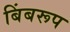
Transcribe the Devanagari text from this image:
बिंबरूप